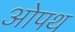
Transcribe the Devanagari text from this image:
ओपथ